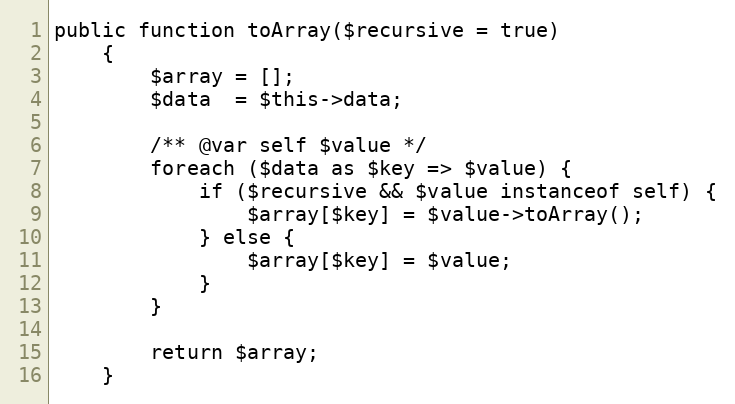
Language: PHP
public function toArray($recursive = true)
    {
        $array = [];
        $data  = $this->data;

        /** @var self $value */
        foreach ($data as $key => $value) {
            if ($recursive && $value instanceof self) {
                $array[$key] = $value->toArray();
            } else {
                $array[$key] = $value;
            }
        }

        return $array;
    }